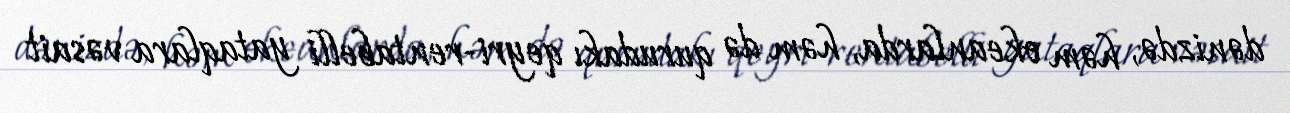
dənizdə, həm okeanlarda, həm də qurudakı qeyri-rentabelli yataqlara vəsait